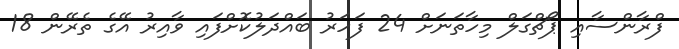
ފްރާންސާއި ޕޯޗްގަލް މިހާތަނަށް 24 ފަހަރު ބައްދަލުކޮށްފައި ވާއިރު އޭގެ ތެރޭން 18